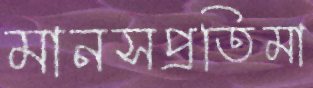
মানসপ্রতিমা